Vaccination United Provinces of Agra and Oudh 1923-1928 - 1923-1928
Year: 1923
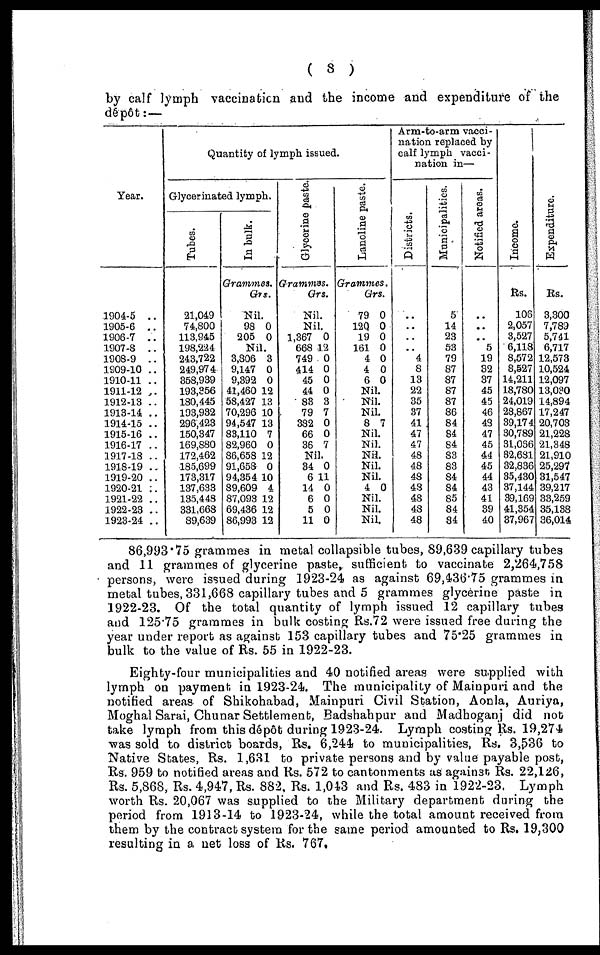
( 8 )
by calf lymph vaccination and the income and expenditure of the
dépôt: —
Year.
1904-5 ..
1905-6 ..
1906-7 ..
1907-8 ..
1908-9 ..
1909-10 ..
1910-11 ..
1911-12 ..
1912-13 ..
1913-14 ..
191415 ..
1915-16 ..
1916-17 ..
1917-18 ..
1918-19 ..
1919-20 ..
1920-21 ..
1921-22 ..
1922-23 ..
1923-24 ..
Quantity of lymph issued.
Glycerinated lymph.
Tubes.
21,049
74,800
113,945
198,224
243,722
249,974
358,939
193,356
180,445
193,932
296,423
150,347
169,880
172,462
185,699
173,317
137,633
135,449
331,668
89,639
In bulk.
Grammes.
Grs.
Nil.
98
205
0
0
Nil.
3,306
9,147
9,392
41,460
53,427
70,296
94,547
83,110
82,960
86,658
91,658
94,354
89,609
87,098
69,436
86,993
3
0
0
12
13
10
13
7
0
12
0
10
4
12
12
12
Glycerine paste.
Grammes.
Grs.
Nil.
Nil.
1,367
668
749
414
45
44
83
79
332
66
36
0
12
0
0
0
0
3
7
0
0
7
Nil.
34
6
14
6
5
11
0
11
0
0
0
0
Lanoline paste.
Grammes.
Grs.
79
120
19
161
4
4
6
0
0
0
0
0
0
0
Nil
Nil
Nil
8 7
Nil.
Nil.
Nil.
Nil.
Nil.
4 0
Nil.
Nil.
Nil.
Arm-to-arm vacci-
nation replaced by
calf lymph vacci-
nation in—
Districts.
..
..
..
..
4
8
13
22
35
37
41
47
47
48
48
48
48
48
48
48
Municipalities.
5
14
23
53
79
87
87
87
87
86
84
84
84
83
83
84
84
85
84
84
Notified areas.
..
..
..
5
19
32
37
45
45
46
48
47
45
44
45
44
43
41
39
40
Income
Rs.
106
2,057
3,527
6,118
8,572
8,527
14,211
18,780
24,019
28,667
39,174
30,789
31,066
32,681
32,836
35,430
37,144
39,169
41,354
37,967
Expenditure.
Rs.
3,300
7,789
5,741
6,717
12,573
10,524
12,097
13,030
14,894
17,247
20,703
21,228
21,348
21,910
25,297
31,547
39,217
33,259
35,138
36,014
86,993.75 grammes in metal collapsible tubes, 89,639 capillary tubes
and 11 grammes of glycerine paste, sufficient to vaccinate 2,264,758
persons, were issued during 1923-24 as against 69,436.75 grammes in
metal tubes, 331,668 capillary tubes and 5 grammes glycerine paste in
1922-23. Of the total quantity of lymph issued 12 capillary tubes
and 125.75 grammes in bulk costing Rs.72 were issued free during the
year under report as against 153 capillary tubes and 75.25 grammes in
bulk to the value of Rs. 55 in 1922-23.
Eighty-four municipalities and 40 notified areas were supplied with
lymph on payment in 1923-24. The municipality of Mainpuri and the
notified areas of Shikohabad, Mainpuri Civil Station, Aonla, Auriya,
Moghal Sarai, Chunar Settlement, Badshahpur and Madhoganj did not
take lymph from this dépôt during 1923-24. Lymph costing Rs. 19,271
was sold to district boards, Rs. 6,244 to municipalities, Rs. 3,536 to
Native States, Rs. 1,631 to private persons and by value payable post,
Rs. 959 to notified areas and Rs. 572 to cantonments as against. Rs. 22,126,
Rs. 5,868, Rs. 4,947, Rs. 882, Rs. 1,043 and Rs. 483 in 1922-23. Lymph
worth Rs. 20,067 was supplied to the Military department during the
period from 1913-14 to 1923-24, while the total amount received from
them by the contract system for the same period amounted to Rs. 19,300
resulting in a net loss of Rs. 767.